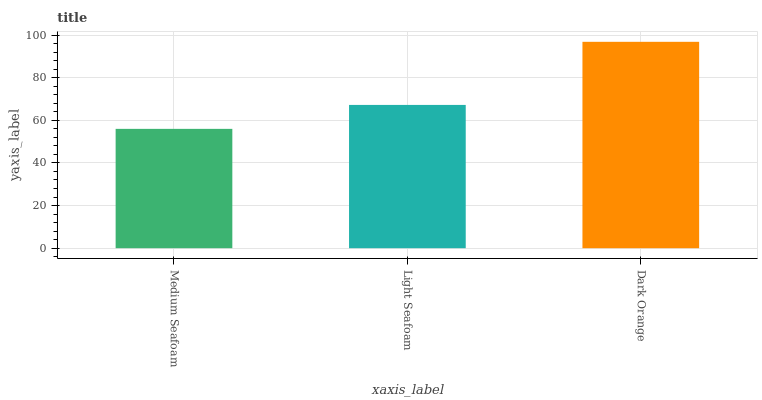
| xaxis_label | bars |
 | --- | --- |
 | Medium Seafoam | 56 |
 | Light Seafoam | 67.2 |
 | Dark Orange | 96.8 |